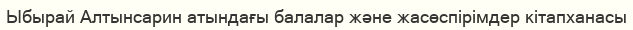
Ыбырай Алтынсарин атындағы балалар және жасөспірімдер кітапханасы